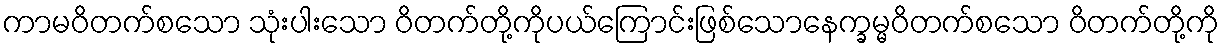
ကာမဝိတက်စသော သုံးပါးသော ဝိတက်တို့ကိုပယ်ကြောင်းဖြစ်သောနေက္ခမ္မဝိတက်စသော ဝိတက်တို့ကို